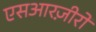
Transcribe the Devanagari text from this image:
एसआरज़ीरो